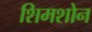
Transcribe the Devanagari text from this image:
शिमशोन